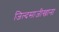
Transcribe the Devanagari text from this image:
जिल्दसाजीखाना